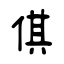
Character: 倛